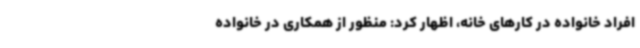
افراد خانواده در کارهای خانه، اظهار کرد: منظور از همکاری در خانواده